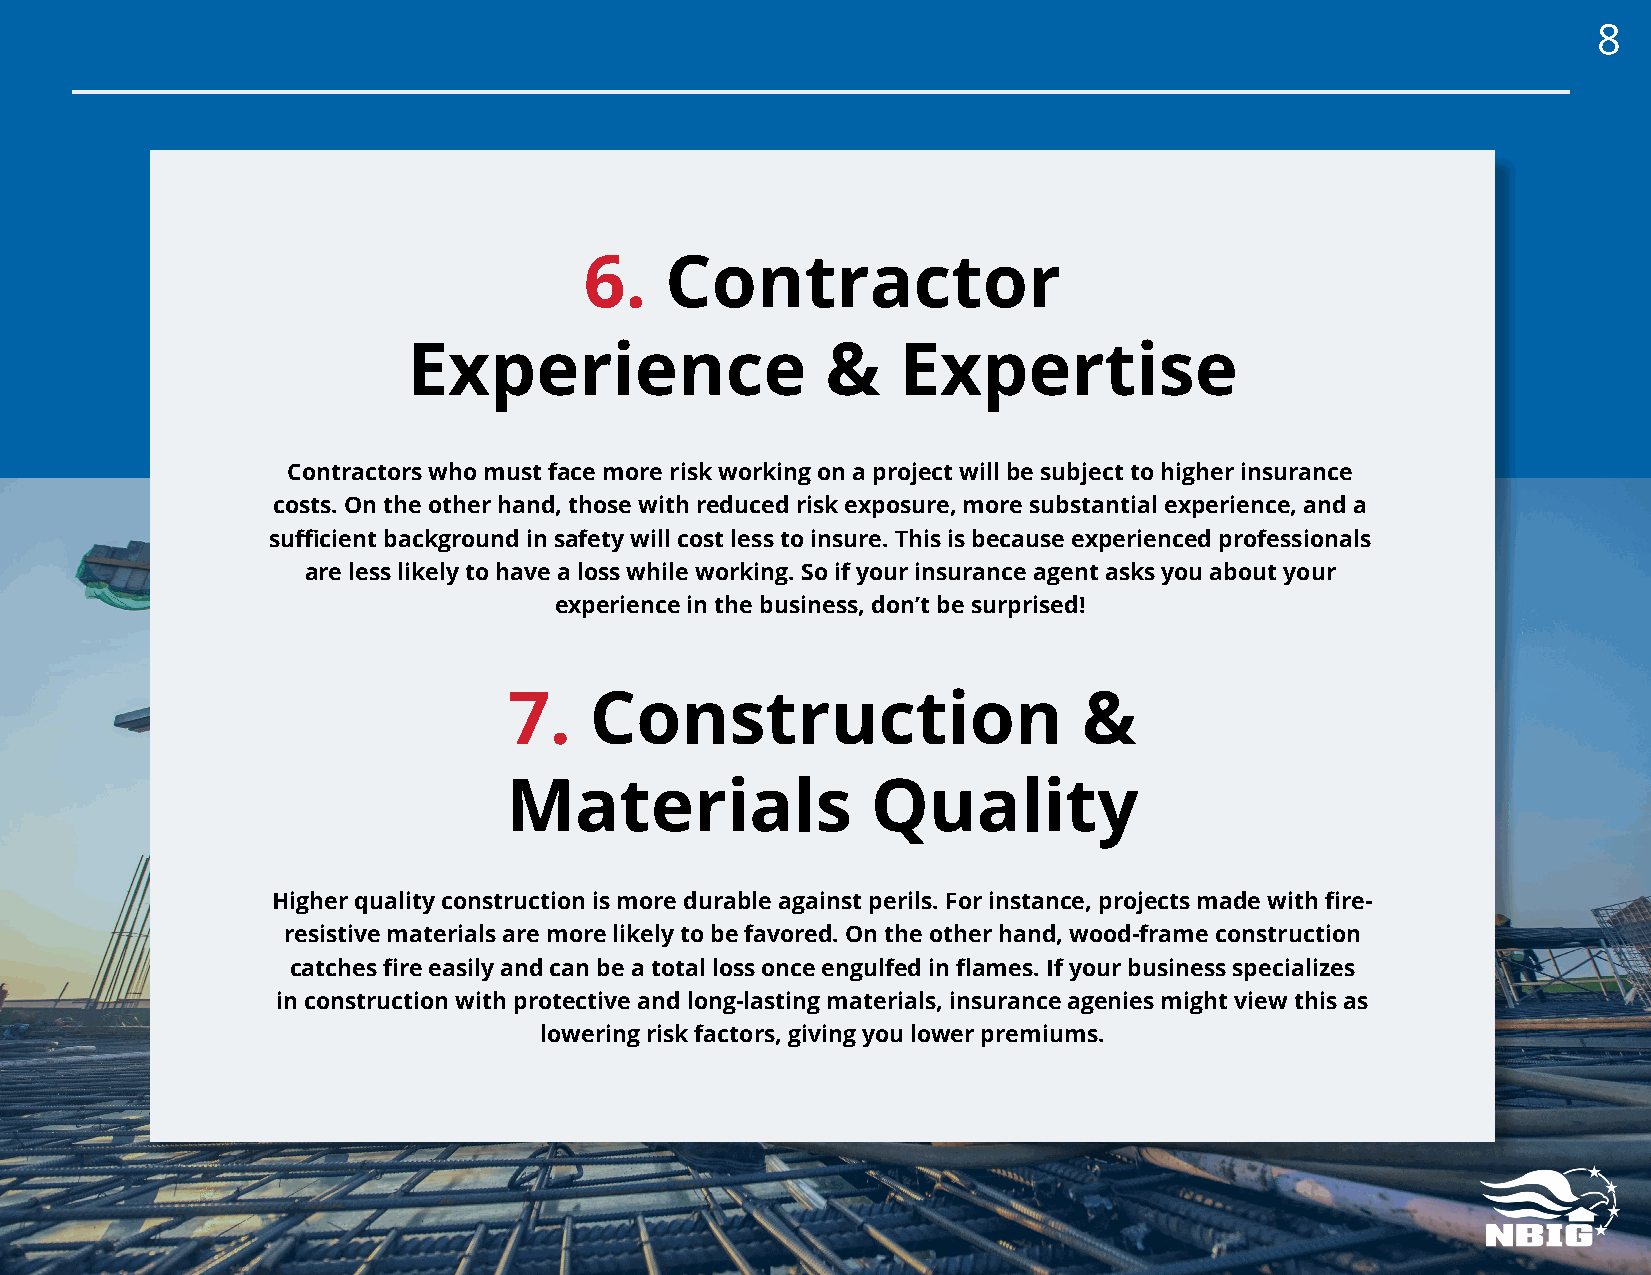
8
 6.   Contractor
 Experience                  &   Expertise
 Contractors who must face more risk working on a project will be subject to higher insurance
 costs. On the other hand, those with reduced risk exposure, more substantial experience, and a
 sufficient background in safety will cost less to insure. This is because experienced professionals
 are less likely to have a loss while working. So if your insurance agent asks you about your
 experience in the business, don’t be surprised!
 7.   Construction                     &
 Materials                Quality
 Higher quality construction is more durable against perils. For instance, projects made with fire-
 resistive materials are more likely to be favored. On the other hand, wood-frame construction
 catches fire easily and can be a total loss once engulfed in flames. If your business specializes
 in construction with protective and long-lasting materials, insurance agenies might view this as
 lowering risk factors, giving you lower premiums.